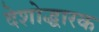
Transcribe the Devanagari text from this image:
देशोद्धारक